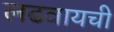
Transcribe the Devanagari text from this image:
लढवायची